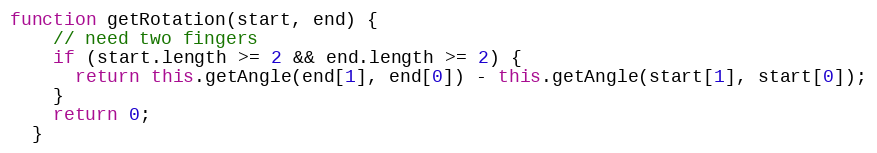
Language: JavaScript
function getRotation(start, end) {
    // need two fingers
    if (start.length >= 2 && end.length >= 2) {
      return this.getAngle(end[1], end[0]) - this.getAngle(start[1], start[0]);
    }
    return 0;
  }